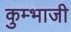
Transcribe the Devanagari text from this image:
कुम्भाजी